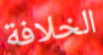
الخلافة